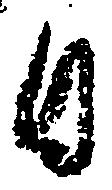
日